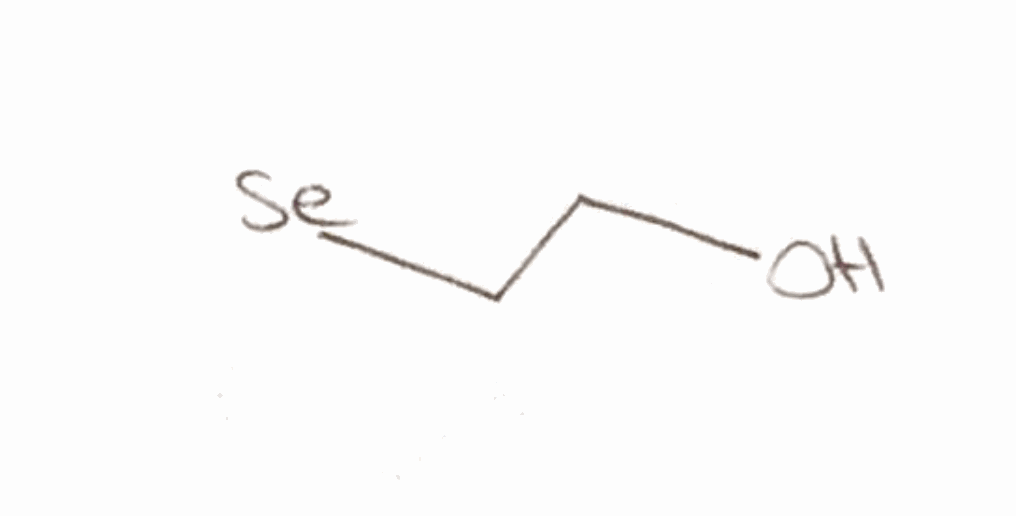
Simplified molecular-input line-entry system (SMILES) notation of the given molecule:
C(C[Se])O